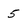
Character: 5